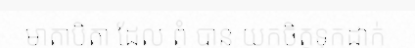
មាតាបិតា ដែល ពុំ បាន យកចិត្តទុកដាក់